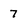
Character: 7